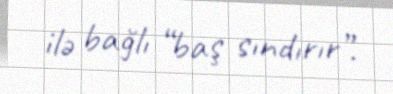
ilə bağlı “baş sındırır”.